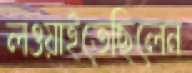
লওয়াইতেছিলেন